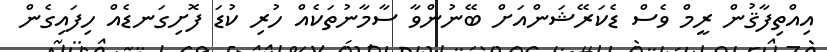
އިއްތިފާޤުން ރީމް ވެސް ޑެކަރޭޝަންއަށް ބޭނުންވާ ސާމާނުތަކެއް ހުރި ކުޑަ ފޮށިގަނޑެއް ހިފައިގެން